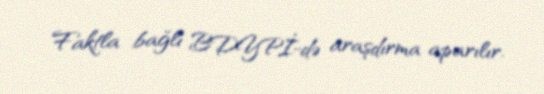
Faktla bağlı BDYPİ-də araşdırma aparılır.